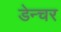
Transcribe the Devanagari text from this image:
डेन्चर